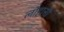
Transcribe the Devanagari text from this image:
लोहासी